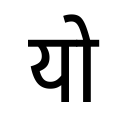
OCR:
यो